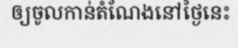
ឲ្យចូលកាន់តំណែងនៅថ្ងៃនេះ